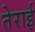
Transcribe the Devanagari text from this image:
तेराई